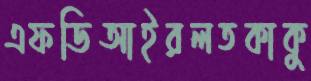
এফডিআইরলতকাকু